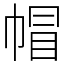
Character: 帽